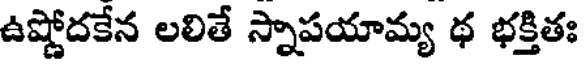
ఉష్ణోదకేన లలితే స్నాపయామ్య థ భక్తితః